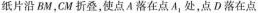
纸片沿BM，CM折叠，使点A落在点A，处，点D落在点